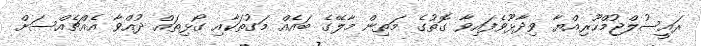
ރައީސުލްޖުމްހޫރިއްޔާ ވިދާޅޫވެފައިވާ ގޮތުގެ މަތިން މާލޭގެ ބައެއް މަގުތަކާއި ގޯޅިތައް ދުއްވާ އެއްޗެއްސަށް